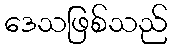
ဒေသဖြစ်သည်